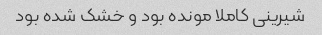
شیرینی کاملا مونده بود و خشک شده بود